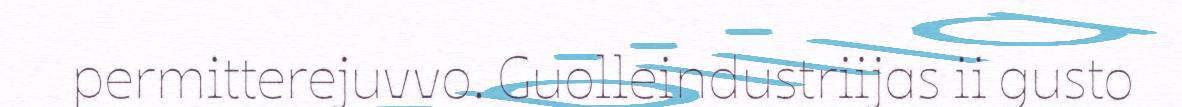
permitterejuvvo. Guolleindustriijas ii gusto